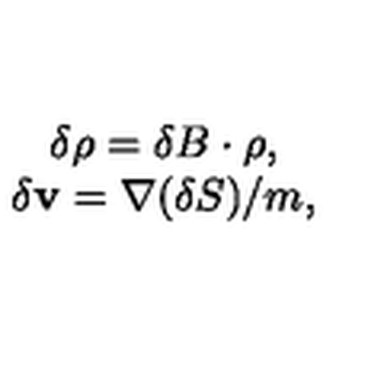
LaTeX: \begin{array} { c } { \delta \rho = \delta B \cdot \rho , } \\ { \delta { \bf v } = { \bf \nabla } ( \delta S ) / m , } \\ \end{array}